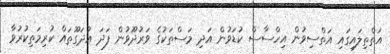
އަތްތިލައިގައި އަތްސިވުން އިހްސާސް ކުޑަވުން އަދި މަސްތަކުގެ ވަރުދޫވުން ފަދަ އުދަގޫތައް ކުރިމަތިކުރުވާ